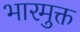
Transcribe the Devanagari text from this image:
भारमुक्त